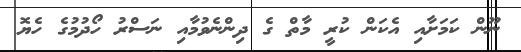
ނޫން ކަމަށާއި އެކަން ކުރީ މާތް ގެ ދިންނެވުމާއި ނަސްރު ހޯދުމުގެ ހެޔޮ